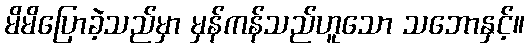
မိမိပြောခဲ့သည်မှာ မှန်ကန်သည်ဟူသော သဘောနှင့်။